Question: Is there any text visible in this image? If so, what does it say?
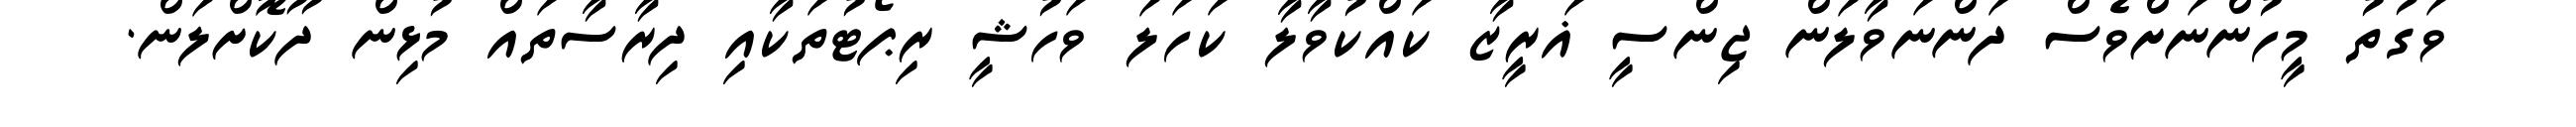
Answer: ވަގުތު މީހުންނަށްވެސް ދަންނަވާލަން ޖިންސީ ޣަރީޒާ ކައްކުވާލާ ކަހަލަ ވަހުޝީ ރިޕޯޓުތަކާއި ދިރާސާތައް މުޅިން ދޫކޮށްލަން.